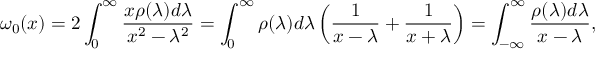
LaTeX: \omega _ { 0 } ( x ) = 2 \int _ { 0 } ^ { \infty } { \frac { x \rho ( \lambda ) d \lambda } { x ^ { 2 } - \lambda ^ { 2 } } } = \int _ { 0 } ^ { \infty } \rho ( \lambda ) d \lambda \left( { \frac { 1 } { x - \lambda } } + { \frac { 1 } { x + \lambda } } \right) = \int _ { - \infty } ^ { \infty } { \frac { \rho ( \lambda ) d \lambda } { x - \lambda } } ,